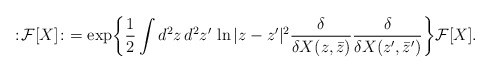
\begin{align*}:\! {\cal F}[X] \! :\ =\exp\biggl\{ \frac{1}{2} \int d^2z\,d^2 z' \, \ln|z-z'|^2\frac{\delta}{\delta X(z,\bar z)}\frac{\delta}{\delta X(z',\bar z')} \biggr\}{\cal F}[X].\end{align*}